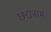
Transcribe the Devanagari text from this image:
छद्यनाम